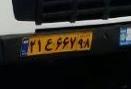
۲۱ع۶۶۷۹۸